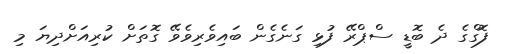
ފޮގްގެ ދެ ބޮޑީ ސްޕްރޭ ފުޅި ގަނެގެން ބައިވެރިވެވޭ ގޮތަށް ކުރިއަށްދިޔަ މި